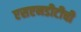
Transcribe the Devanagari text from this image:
एसएनडीटीची